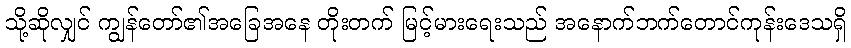
သို့ဆိုလျှင် ကျွန်တော်၏အခြေအနေ တိုးတက် မြင့်မားရေးသည် အနောက်ဘက်တောင်ကုန်းဒေသရှိ